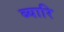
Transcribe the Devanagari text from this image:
ब्यारि